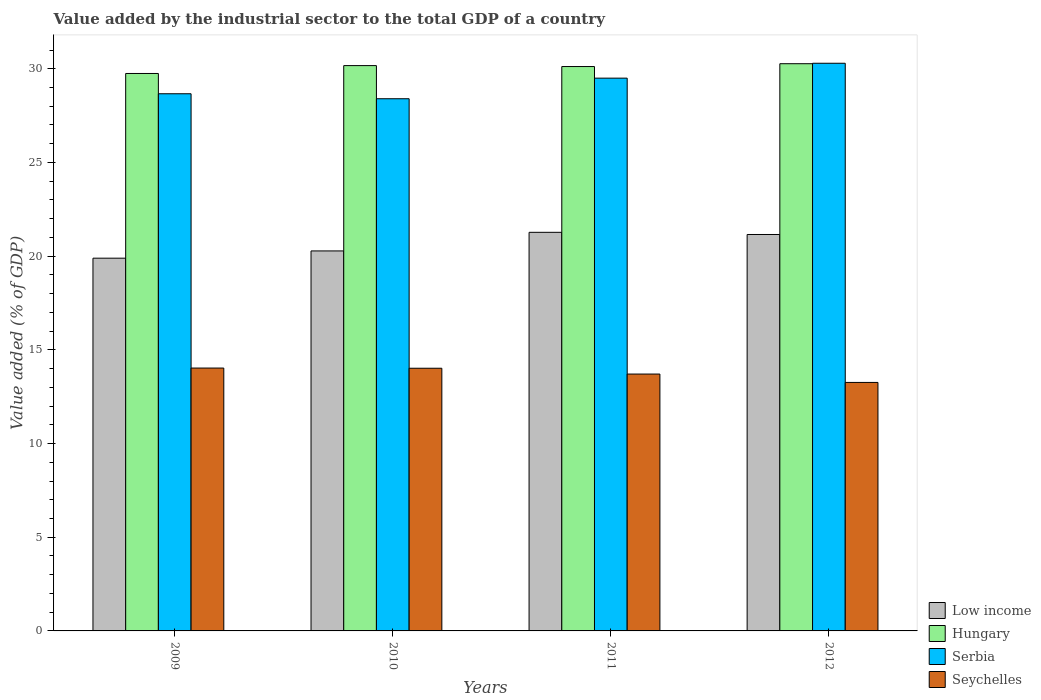
| Years | Low income | Hungary | Serbia | Seychelles |
 | --- | --- | --- | --- | --- |
 | 2009 | 19.9 | 29.7 | 28.7 | 14 |
 | 2010 | 20.3 | 30.2 | 28.4 | 14 |
 | 2011 | 21.3 | 30.1 | 29.5 | 13.7 |
 | 2012 | 21.2 | 30.3 | 30.3 | 13.3 |